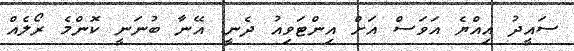
ސައީދު އިއްޔެ އަވަސް އަށް އިންޓަވިއު ދެނީ: އޭނާ ބުނަނީ ކޮންމެ ރޯލެއް